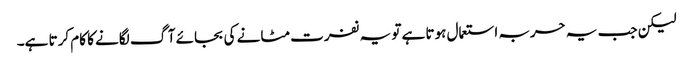
لیکن جب یہ حربہ استعمال ہوتا ہے تو یہ نفرت مٹانے کی بجائے آگ لگانے کا کام کرتا ہے۔